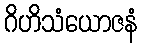
ဂိဟိသံယောဇနံ